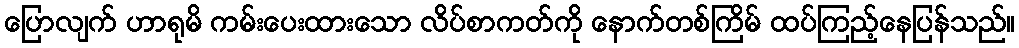
ပြောလျက် ဟာရုမိ ကမ်းပေးထားသော လိပ်စာကတ်ကို နောက်တစ်ကြိမ် ထပ်ကြည့်နေပြန်သည်။